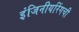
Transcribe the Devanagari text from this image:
इंजिनीयरिंगची